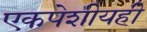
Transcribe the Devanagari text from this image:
एकपेशीयही